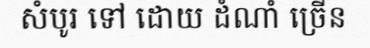
សំបូរ ទៅ ដោយ ដំណាំ ច្រើន